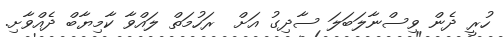
ހުރީ ދެން ވިސްނާލަބަލަ ސާދިގު އަށް  ރަހުމަތް ލައްވާ ކާމިޔާބް ދެއްވާށި.